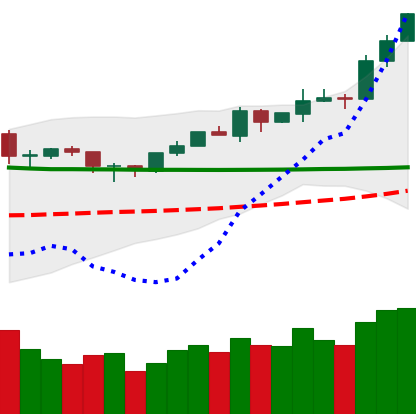
Ticker: ETH-USD
Chart end date: 2020-02-07
Forward return: 19.163%
Label: up_7plus